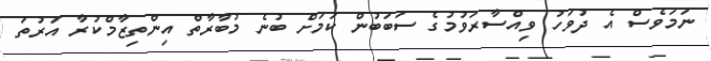
ނަމަވެސް އެ ދުވަހު ވިއްސާރަވުމުގެ ސަބަބުން ކަމަށް ބުނެ މުބާރާތް އިންތިޒާމްކުރާ އަރުތަ